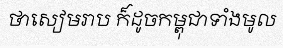
ថាសៀមរាប ក៏ដូចកម្ពុជាទាំងមូល